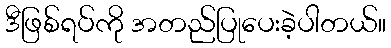
ဒီဖြစ်ရပ်ကို အတည်ပြုပေးခဲ့ပါတယ်။